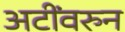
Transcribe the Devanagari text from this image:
अटींवरुन